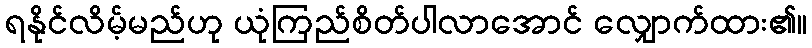
ရနိုင်လိမ့်မည်ဟု ယုံကြည်စိတ်ပါလာအောင် လျှောက်ထား၏။